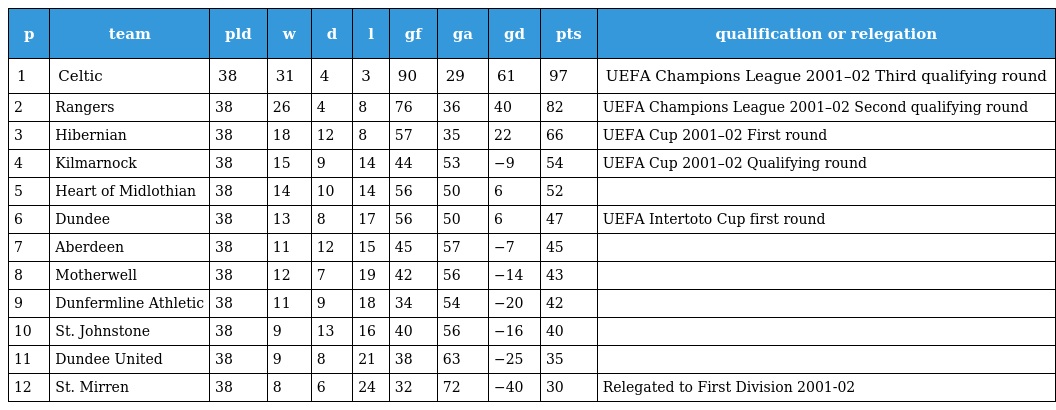
| p | team | pld | w | d | l | gf | ga | gd | pts | qualification or relegation |
 | --- | --- | --- | --- | --- | --- | --- | --- | --- | --- | --- |
 | 1 | Celtic | 38 | 31 | 4 | 3 | 90 | 29 | 61 | 97 | UEFA Champions League 2001–02 Third qualifying round |
 | 2 | Rangers | 38 | 26 | 4 | 8 | 76 | 36 | 40 | 82 | UEFA Champions League 2001–02 Second qualifying round |
 | 3 | Hibernian | 38 | 18 | 12 | 8 | 57 | 35 | 22 | 66 | UEFA Cup 2001–02 First round |
 | 4 | Kilmarnock | 38 | 15 | 9 | 14 | 44 | 53 | −9 | 54 | UEFA Cup 2001–02 Qualifying round |
 | 5 | Heart of Midlothian | 38 | 14 | 10 | 14 | 56 | 50 | 6 | 52 |  |
 | 6 | Dundee | 38 | 13 | 8 | 17 | 56 | 50 | 6 | 47 | UEFA Intertoto Cup first round |
 | 7 | Aberdeen | 38 | 11 | 12 | 15 | 45 | 57 | −7 | 45 |  |
 | 8 | Motherwell | 38 | 12 | 7 | 19 | 42 | 56 | −14 | 43 |  |
 | 9 | Dunfermline Athletic | 38 | 11 | 9 | 18 | 34 | 54 | −20 | 42 |  |
 | 10 | St. Johnstone | 38 | 9 | 13 | 16 | 40 | 56 | −16 | 40 |  |
 | 11 | Dundee United | 38 | 9 | 8 | 21 | 38 | 63 | −25 | 35 |  |
 | 12 | St. Mirren | 38 | 8 | 6 | 24 | 32 | 72 | −40 | 30 | Relegated to First Division 2001-02 |